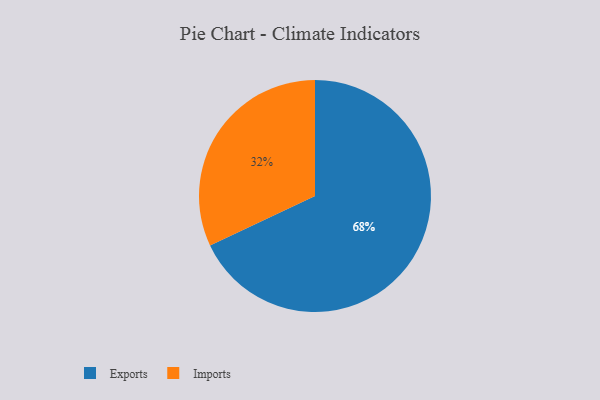
{"axis": {"x": "Category", "y": "Percentage"}, "legend": ["Exports", "Imports"], "data": [{"x": "Exports", "y": 68, "type": "Exports"}, {"x": "Imports", "y": 32, "type": "Imports"}]}